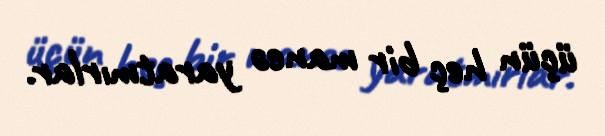
üçün heç bir maneə yaratmırlar.